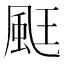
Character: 𮨧